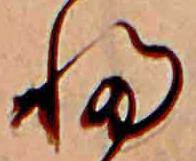
ふ